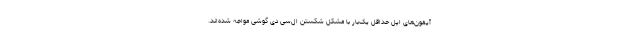
آیفون‌های اپل حداقل یک‌بار با مشکل شکستن ال‌سی دی گوشی مواجه شده‌اند.